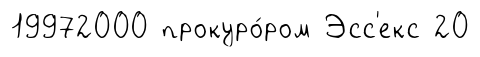
19972000 прокуро́ром Эсс'екс 20